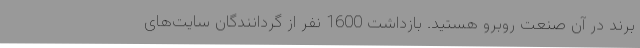
برند در آن صنعت روبرو هستید. بازداشت 1600 نفر از گردانندگان سایت‌های